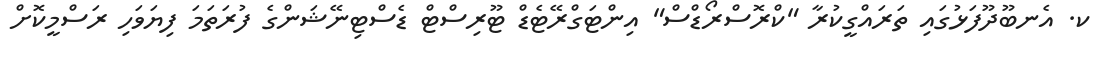
ކ. އެނބޫދޫފަޅުގައި ތަރައްގީކުރާ "ކްރޮސްރޯޑްސް" އިންޓަގްރޭޓެޑް ޓޫރިސްޓް ޑެސްޓިނޭޝަންގެ ފުރަތަމަ ފިޔަވަހި ރަސްމީކޮށް